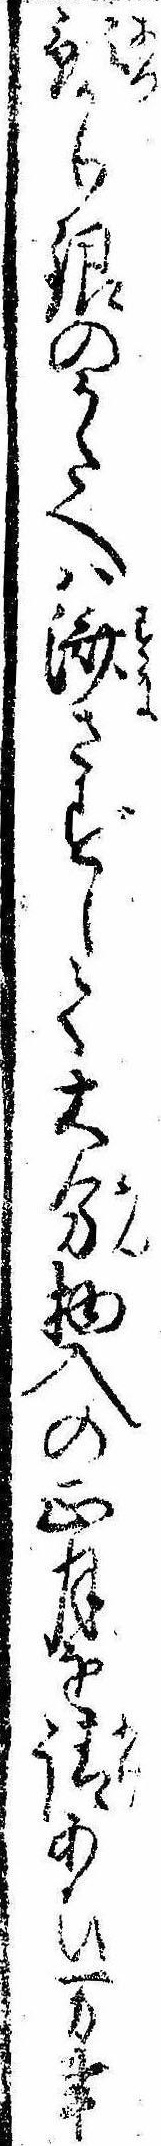
預かり銀のかたへは済さずして大分物入の正月を請あひ万事